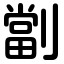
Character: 劏